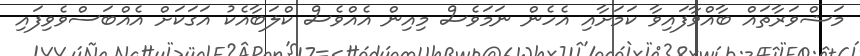
މަޝްވަރާތައް ބާއްވާފައިވާ ކަމަށާއި އެހެން ނަމަވެސް މިއިން އެއްވެސް ކްލަބާއެކު އަގަކަށް އެއްބަސްވެވިފައި